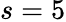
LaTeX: s=5